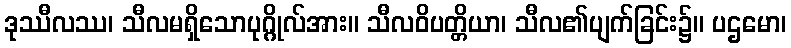
ဒုဿီလဿ၊ သီလမရှိသောပုဂ္ဂိုလ်အား။ သီလဝိပတ္တိယာ၊ သီလ၏ပျက်ခြင်း၌။ ပဌမော၊